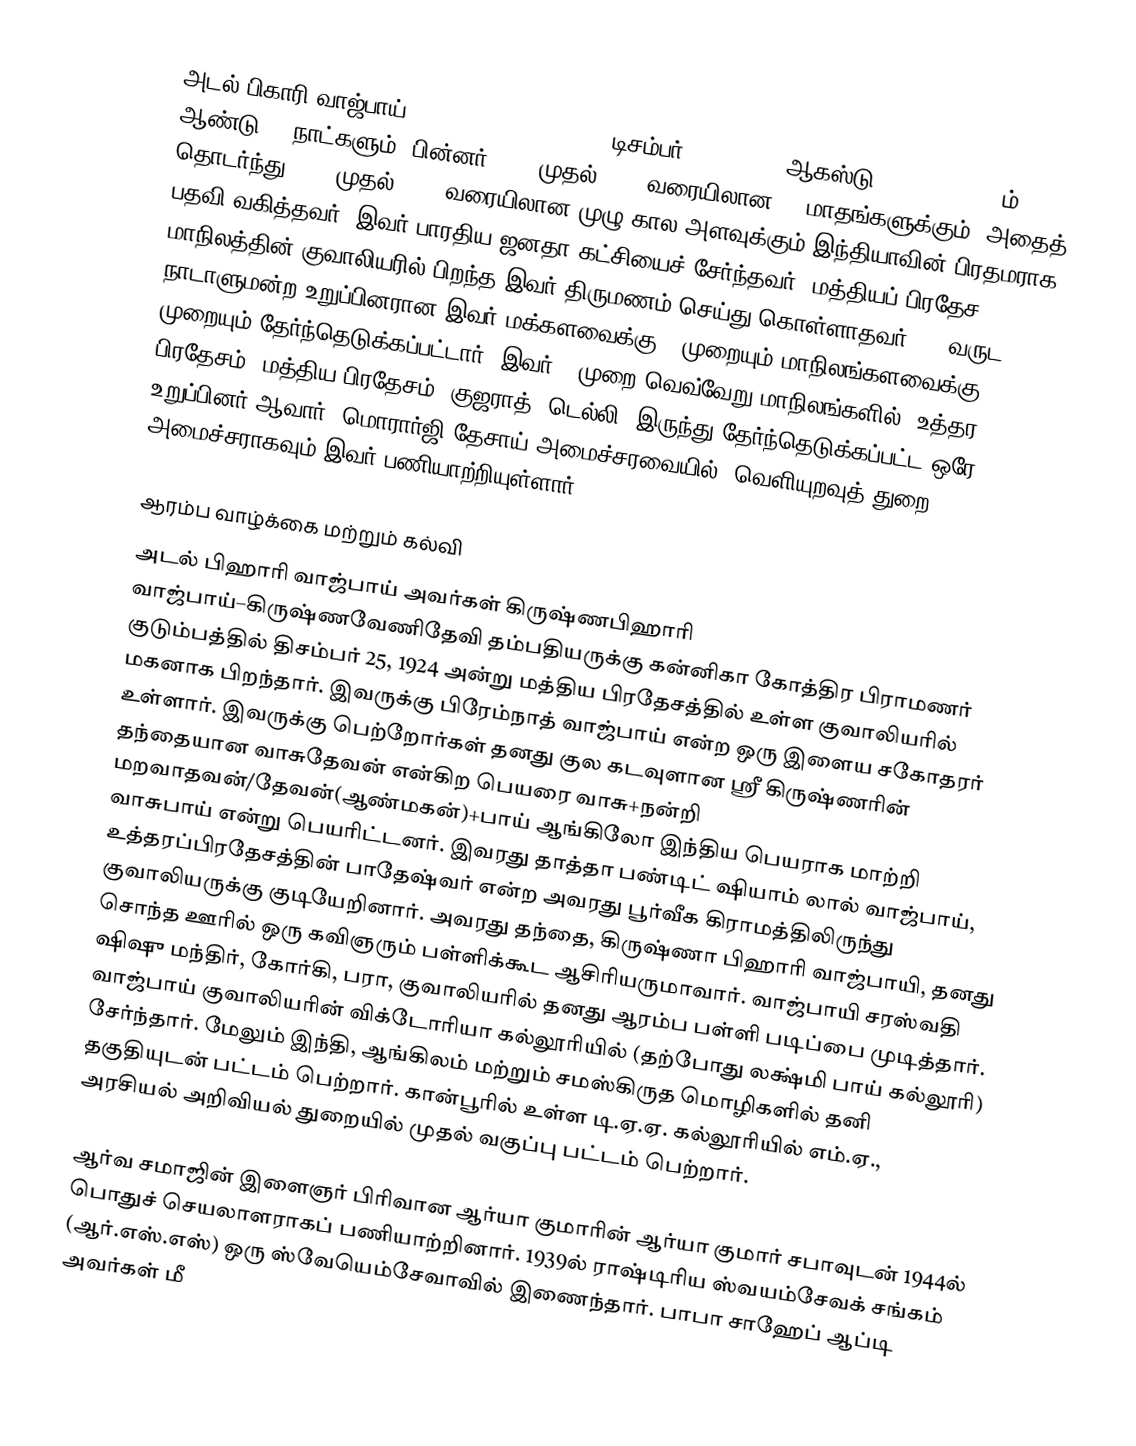
அடல் பிகாரி வாஜ்பாய் (Atal Bihari Vajpayee, டிசம்பர் 25, 1924 - ஆகஸ்டு 16, 2018) 1996ம் ஆண்டு 13 நாட்களும், பின்னர் 1998 முதல் 1999 வரையிலான 13 மாதங்களுக்கும், அதைத் தொடர்ந்து 1999 முதல் 2004 வரையிலான முழு கால அளவுக்கும் இந்தியாவின் பிரதமராக பதவி வகித்தவர். இவர் பாரதிய ஜனதா கட்சியைச் சேர்ந்தவர். மத்தியப் பிரதேச மாநிலத்தின் குவாலியரில் பிறந்த இவர் திருமணம் செய்து கொள்ளாதவர். 50 வருட நாடாளுமன்ற உறுப்பினரான இவர் மக்களவைக்கு 9 முறையும் மாநிலங்களவைக்கு 2 முறையும் தேர்ந்தெடுக்கப்பட்டார். இவர் 4 முறை வெவ்வேறு மாநிலங்களில் (உத்தர பிரதேசம், மத்திய பிரதேசம், குஜராத், டெல்லி) இருந்து தேர்ந்தெடுக்கப்பட்ட ஒரே உறுப்பினர் ஆவார். மொரார்ஜி தேசாய் அமைச்சரவையில், வெளியுறவுத் துறை அமைச்சராகவும் இவர் பணியாற்றியுள்ளார்.

ஆரம்ப வாழ்க்கை மற்றும் கல்வி
அடல் பிஹாரி வாஜ்பாய் அவர்கள் கிருஷ்ணபிஹாரி வாஜ்பாய்–கிருஷ்ணவேணிதேவி தம்பதியருக்கு கன்னிகா கோத்திர பிராமணர் குடும்பத்தில் திசம்பர் 25, 1924 அன்று மத்திய பிரதேசத்தில் உள்ள குவாலியரில் மகனாக பிறந்தார். இவருக்கு பிரேம்நாத் வாஜ்பாய் என்ற ஒரு இளைய சகோதரர் உள்ளார். இவருக்கு பெற்றோர்கள் தனது குல கடவுளான  ஸ்ரீ கிருஷ்ணரின் தந்தையான வாசுதேவன் என்கிற பெயரை வாசு+நன்றி மறவாதவன்/தேவன்(ஆண்மகன்)+பாய் ஆங்கிலோ இந்திய பெயராக மாற்றி வாசுபாய் என்று பெயரிட்டனர். இவரது தாத்தா பண்டிட் ஷியாம் லால் வாஜ்பாய், உத்தரப்பிரதேசத்தின் பாதேஷ்வர் என்ற அவரது பூர்வீக கிராமத்திலிருந்து குவாலியருக்கு குடியேறினார். அவரது தந்தை, கிருஷ்ணா பிஹாரி வாஜ்பாயி, தனது சொந்த ஊரில்  ஒரு கவிஞரும் பள்ளிக்கூட ஆசிரியருமாவார். வாஜ்பாயி சரஸ்வதி ஷிஷு மந்திர், கோர்கி, பரா, குவாலியரில் தனது ஆரம்ப பள்ளி படிப்பை முடித்தார். வாஜ்பாய் குவாலியரின் விக்டோரியா கல்லூரியில் (தற்போது லக்ஷ்மி பாய் கல்லூரி) சேர்ந்தார். மேலும் இந்தி, ஆங்கிலம் மற்றும் சமஸ்கிருத மொழிகளில் தனி தகுதியுடன் பட்டம் பெற்றார். கான்பூரில் உள்ள டி.ஏ.ஏ. கல்லூரியில் எம்.ஏ., அரசியல் அறிவியல் துறையில் முதல் வகுப்பு பட்டம் பெற்றார்.

ஆர்வ சமாஜின் இளைஞர் பிரிவான ஆர்யா குமாரின் ஆர்யா குமார் சபாவுடன் 1944ல் பொதுச் செயலாளராகப் பணியாற்றினார். 1939ல் ராஷ்டிரிய ஸ்வயம்சேவக் சங்கம் (ஆர்.எஸ்.எஸ்) ஒரு ஸ்வேயெம்சேவாவில் இணைந்தார். பாபா சாஹேப் ஆப்டி அவர்கள் மீ